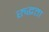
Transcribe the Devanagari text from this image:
रुद्धता